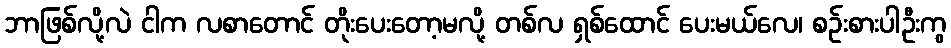
ဘာဖြစ်လို့လဲ ငါက လစာတောင် တိုးပေးတော့မလို့ တစ်လ ရှစ်ထောင် ပေးမယ်လေ၊ စဉ်းစားပါဦးကွ